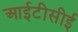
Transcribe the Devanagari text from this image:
आईटीसीई